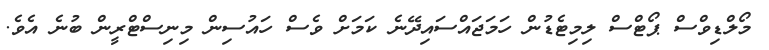
މޯލްޑިވްސް ޕޯޓްސް ލިމިޓެޑުން ހަމަޖައްސައިދޭނެ ކަމަށް ވެސް ހައުސިން މިނިސްޓްރީން ބުނެ އެވެ.